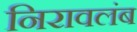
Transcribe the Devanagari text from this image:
निरावलंब